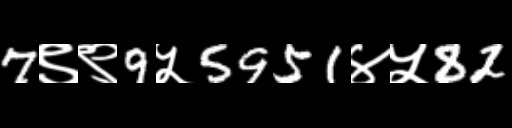
Text: 7९९9५5951४५82